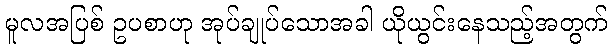
မူလအပြစ် ဥပစာဟု အုပ်ချုပ်သောအခါ ယိုယွင်းနေသည့်အတွက်